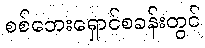
စစ်ဘေးရှောင်စခန်းတွင်